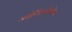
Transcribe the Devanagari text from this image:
ज्योतिषविद्येचा